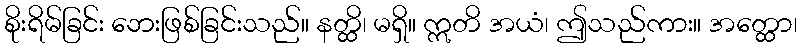
စိုးရိမ်ခြင်း ဘေးဖြစ်ခြင်းသည်။ နတ္ထိ၊ မရှိ။ ဣတိ အယံ၊ ဤသည်ကား။ အတ္ထော၊